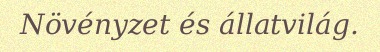
Növényzet és állatvilág.